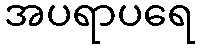
အပရာပရေ